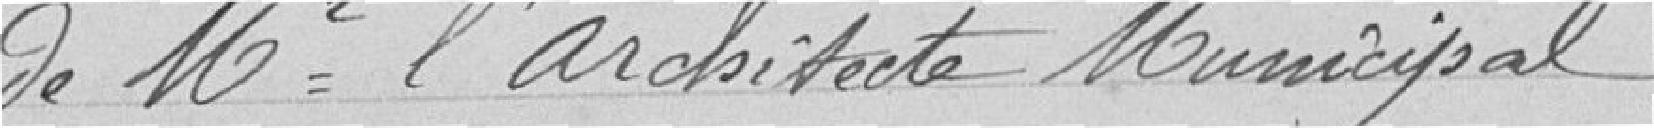
de monsieur l'architecte municipal.